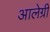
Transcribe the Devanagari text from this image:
आलेग्री